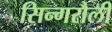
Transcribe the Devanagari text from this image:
सिन्गरौली